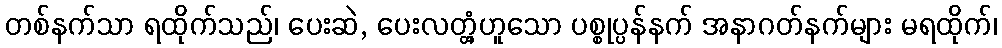
တစ်နက်သာ ရထိုက်သည်၊ ပေးဆဲ, ပေးလတ္တံ့ဟူသော ပစ္စုပ္ပန်နက် အနာဂတ်နက်များ မရထိုက်၊